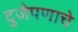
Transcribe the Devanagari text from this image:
दुजेपणाचे